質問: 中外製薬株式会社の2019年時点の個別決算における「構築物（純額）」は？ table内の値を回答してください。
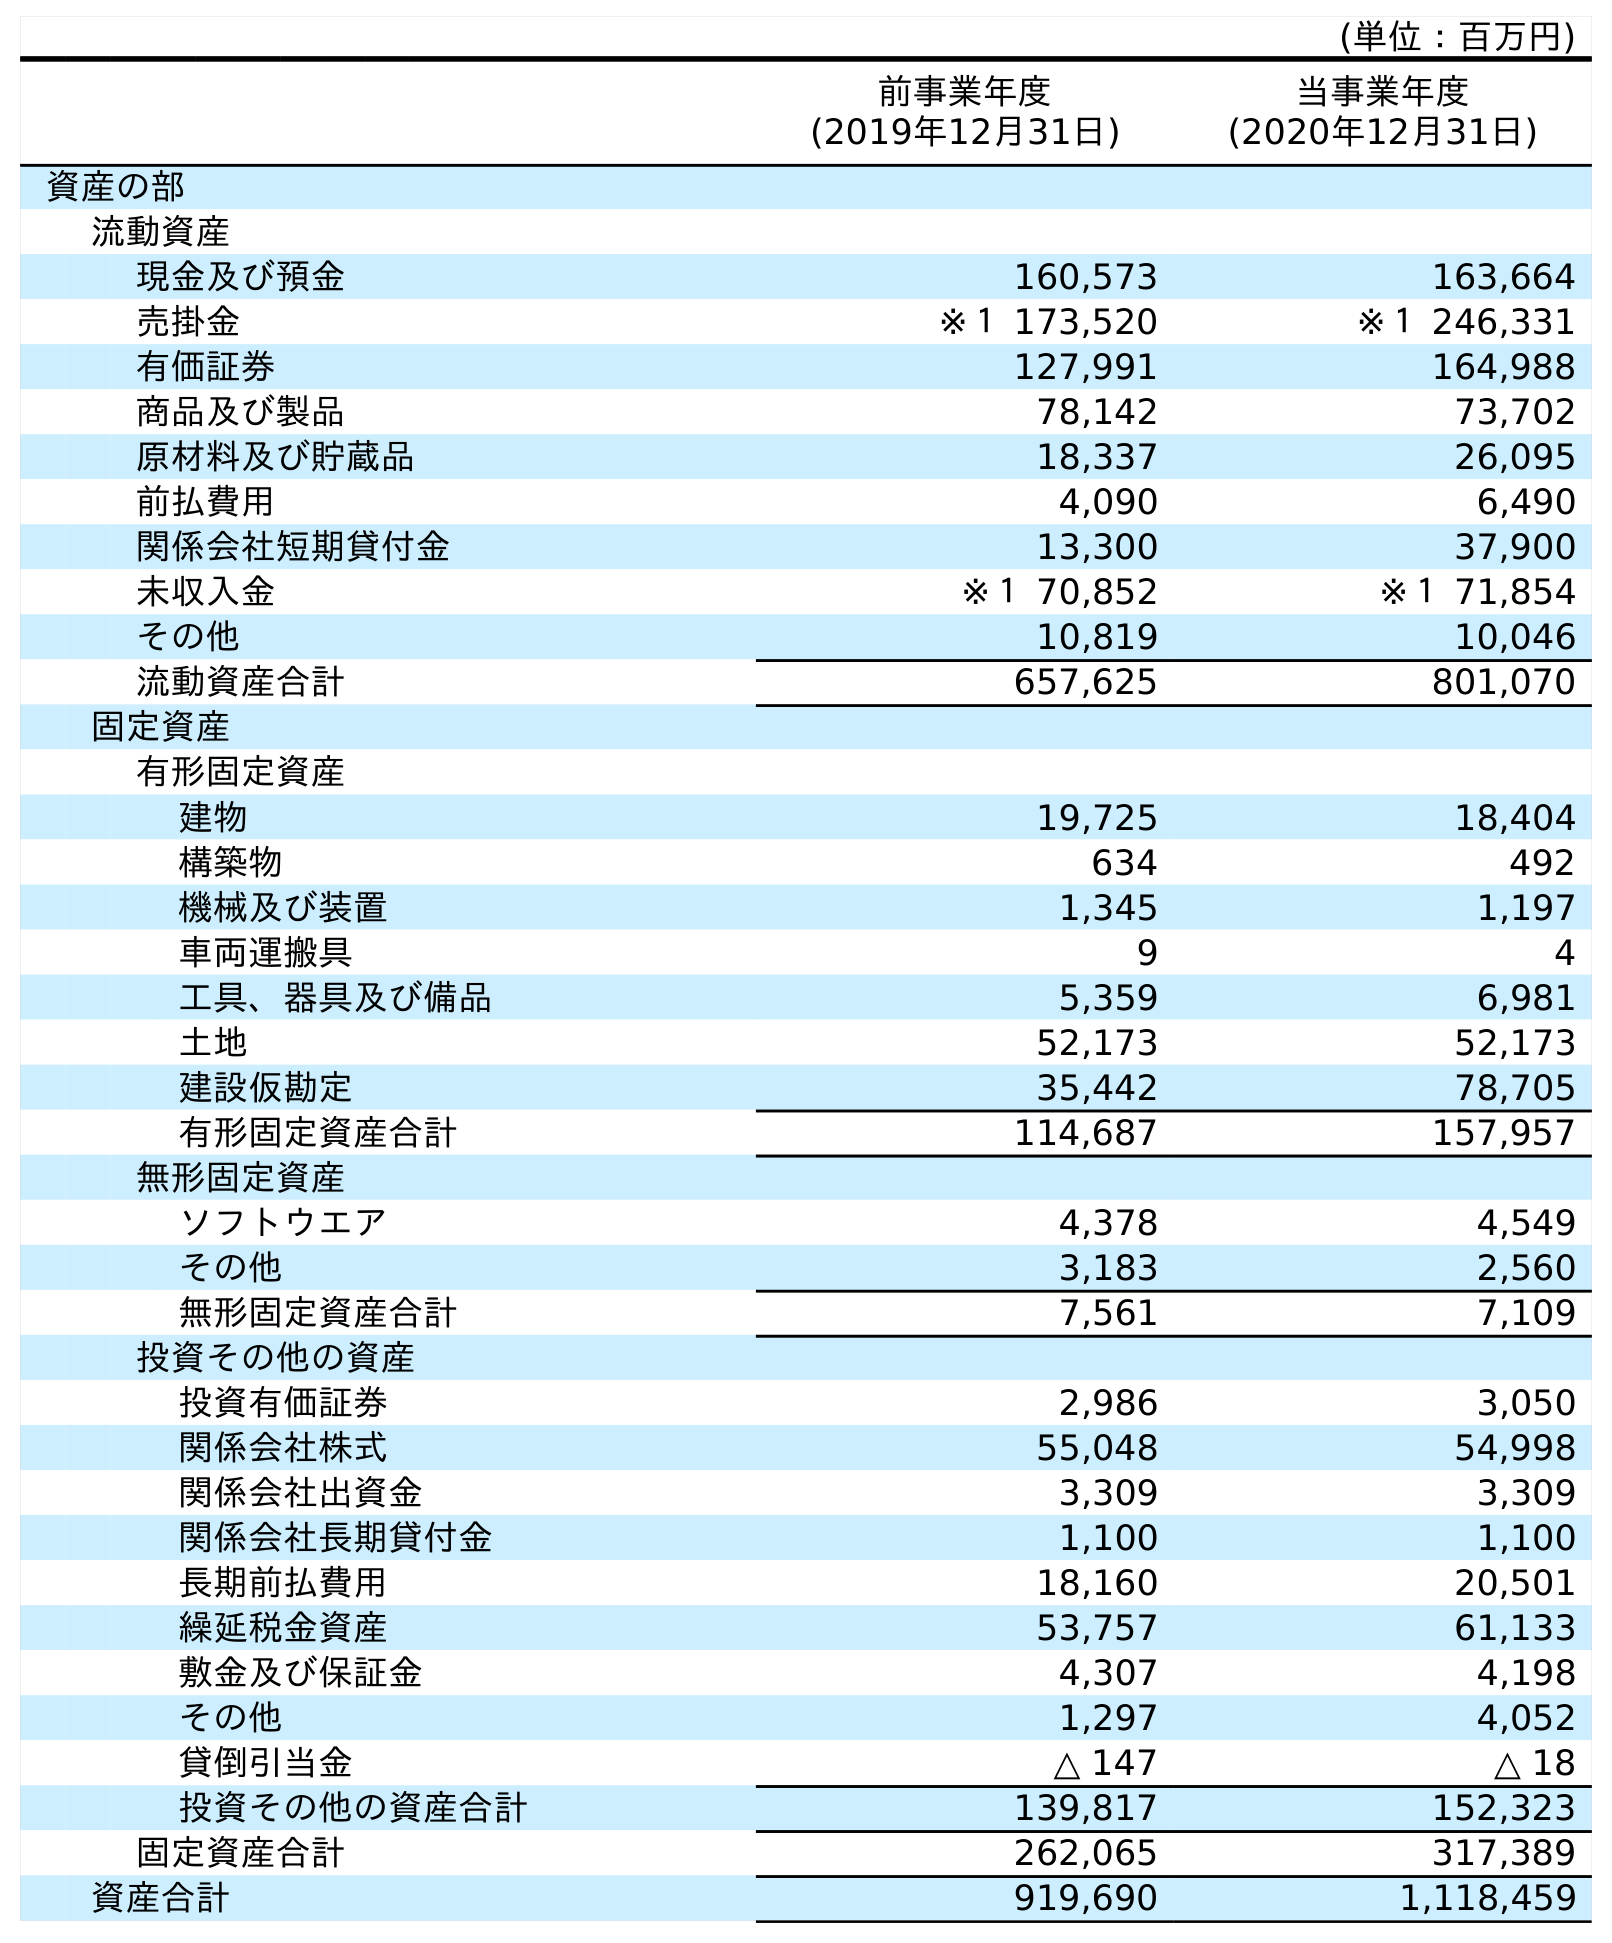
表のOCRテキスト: (単位：百万円) 前事業年度 (2019年12月31日) 当事業年度 (2020年12月31日) 資産の部 流動資産 現金及び預金 160,573 163,664 売掛金 ※１ 173,520 ※１ 246,331 有価証券 127,991 164,988 商品及び製品 78,142 73,702 原材料及び貯蔵品 18,337 26,095 前払費用 4,090 6,490 関係会社短期貸付金 13,300 37,900 未収入金 ※１ 70,852 ※１ 71,854 その他 10,819 10,046 流動資産合計 657,625 801,070 固定資産 有形固定資産 建物 19,725 18,404 構築物 634 492 機械及び装置 1,345 1,197 車両運搬具 9 4 工具、器具及び備品 5,359 6,981 土地 52,173 52,173 建設仮勘定 35,442 78,705 有形固定資産合計 114,687 157,957 無形固定資産 ソフトウエア 4,378 4,549 その他 3,183 2,560 無形固定資産合計 7,561 7,109 投資その他の資産 投資有価証券 2,986 3,050 関係会社株式 55,048 54,998 関係会社出資金 3,309 3,309 関係会社長期貸付金 1,100 1,100 長期前払費用 18,160 20,501 繰延税金資産 53,757 61,133 敷金及び保証金 4,307 4,198 その他 1,297 4,052 貸倒引当金 △ 147 △ 18 投資その他の資産合計 139,817 152,323 固定資産合計 262,065 317,389 資産合計 919,690 1,118,459
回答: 634